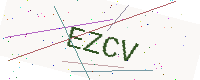
Text: EZCV